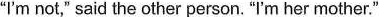
"I'm not," said the other person. "I'm her mother."